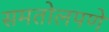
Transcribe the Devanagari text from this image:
समतोलपणे